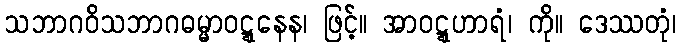
သဘာဂဝိသဘာဂဓမ္မာဝဋ္ဋနေန၊ ဖြင့်။ အာဝဋ္ဋဟာရံ၊ ကို။ ဒေဿတုံ၊